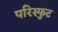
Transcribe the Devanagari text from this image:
परिस्फुट